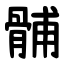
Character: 䯙